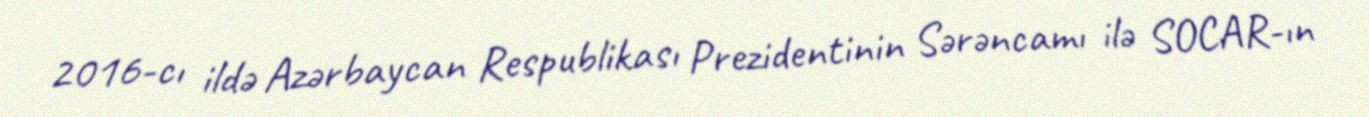
2016-cı ildə Azərbaycan Respublikası Prezidentinin Sərəncamı ilə SOCAR-ın